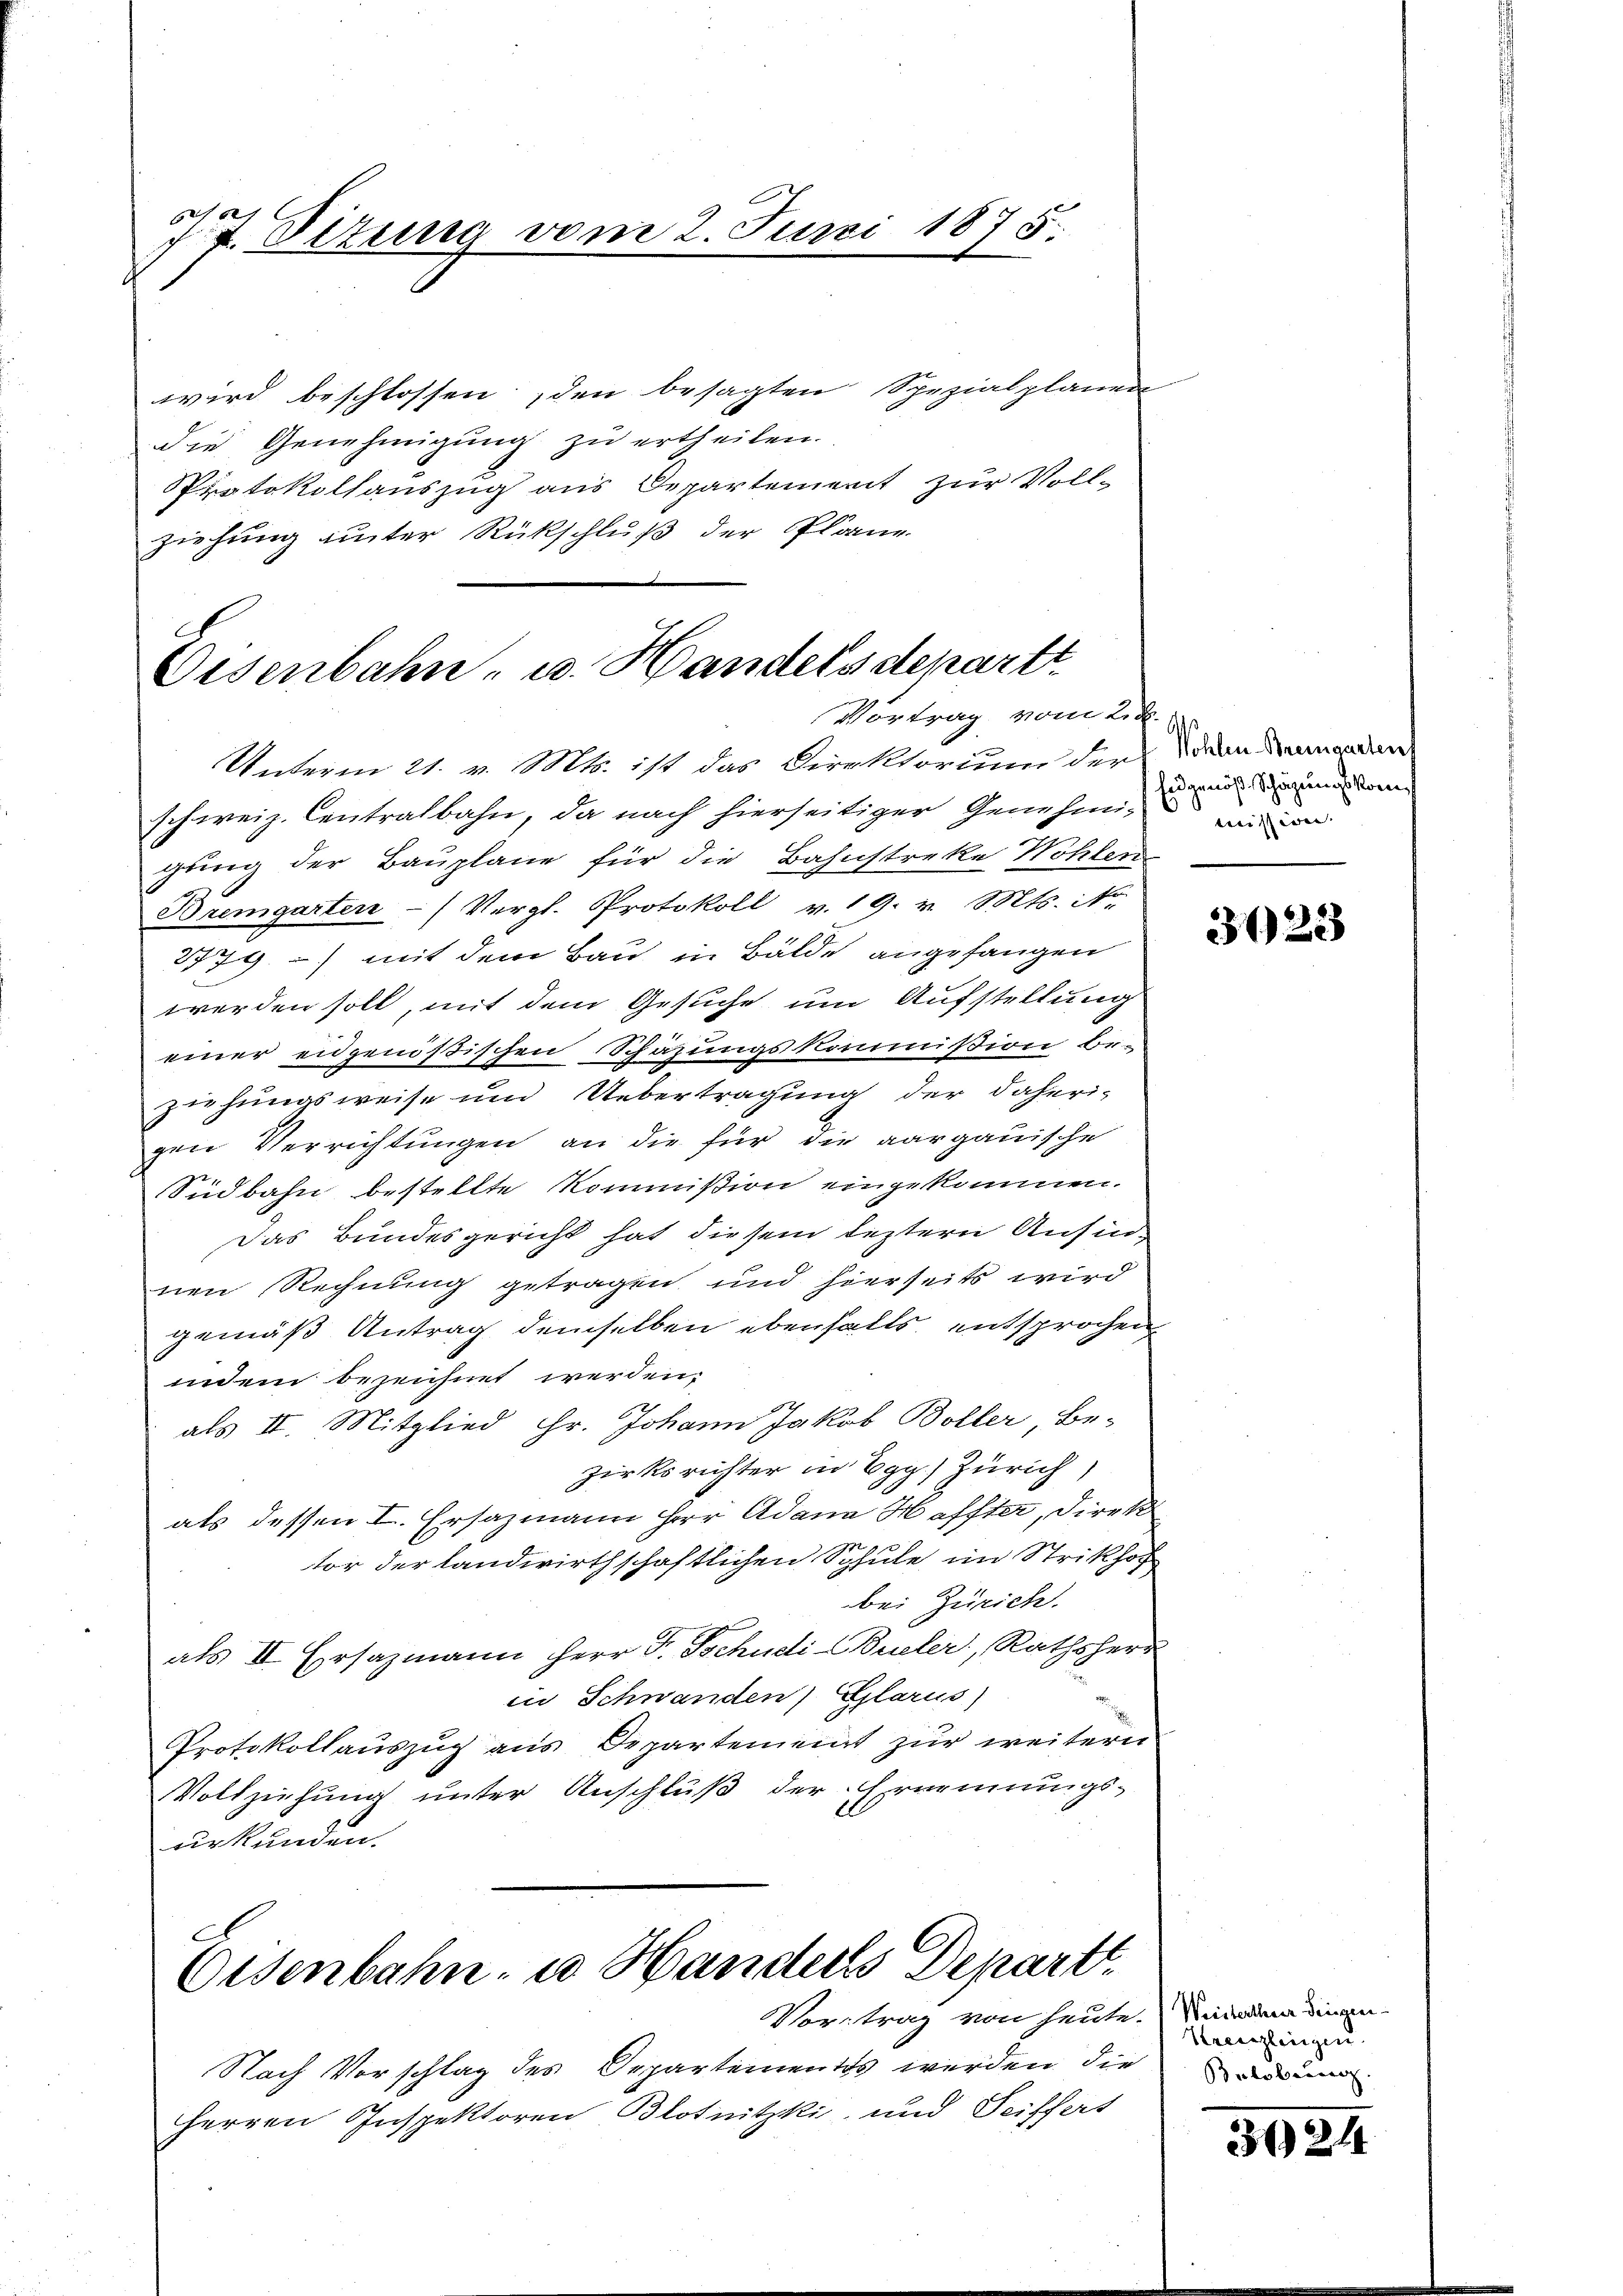
se
7t. Petung vom 2. Juni

wird beschlossen den besagten Spezialplänen
die Genehmigung zu ertheilen.
Protokollauszug aus Departement zur Voll-
ziehung unter Rückschluß der Plane

1875.

Oisenbahn, u. Handels departt.
Vortrag vom 2. d.

Unterm 21. v. Mts. ist das Direktorium der Wann damanden
schweiz. Centralbahn, da nach hierseitiger Genehmigrung der Bauplane für die Bahnstreke Höhlen
Bremgarten (Vergl. Protokoll v. 19. v. Mts. i
2779) mit dem Bau in Bälde angefangen
werden soll, mit dem Gesuche um Aufstellung
einer eidgenößischen Schazungskommißion be-
ziehungsweise und Uebertragung der daheri-
gen Verrichtungen an die für die aargauische
Südbahn bestellte Kommißion eingekommen.
Das Bundesgericht hat diesem leztern Ansinnen Rechnung getragen und hierseits wird
gemäß Antrag demselben ebenfalls entsprochen
indem bezeichnet werden.
als II. Mitglied Hr. Johann Jakob Boller Be-
zirksrichter in Egg) Zürich
als dessen I. Ersazmann Herr Adana Haffter, Direk
tor der landwirthschaftlichen Schule im Strikhof
bei Zürich.
als II. Ersazmann Herr P. Tschudi-Büeler, Rathsherr
in Schwanden) Glarus)
Protokollauszug aus Departement zur weitern
Vollziehung unter Anschluß der Ernennungs-
urkunden.

Eisenbahn, wo Handeres Depart.
Vortrag von heute.

Nach Vorschlag des Departementes werden die
Herren Inspektoren Blotnitzki, und Seiffert

Eidgenöß Schäzungskommission.

3122

Weistertherr Seinen
Kreislingen.
Belobung.

3024